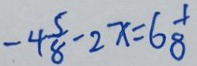
- 4 \frac { 5 } { 8 } - 2 x = 6 \frac { 1 } { 8 }